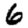
Digit: 6